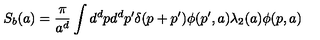
S _ { b } ( a ) = \frac { \pi } { a ^ { d } } \int d ^ { d } p d ^ { d } p ^ { \prime } \delta ( p + p ^ { \prime } ) \phi ( p ^ { \prime } , a ) \lambda _ { 2 } ( a ) \phi ( p , a )